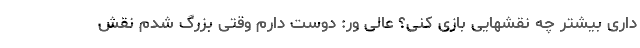
داری بیشتر چه نقشهایی بازی کنی؟ عالی ور: دوست دارم وقتی بزرگ شدم نقش